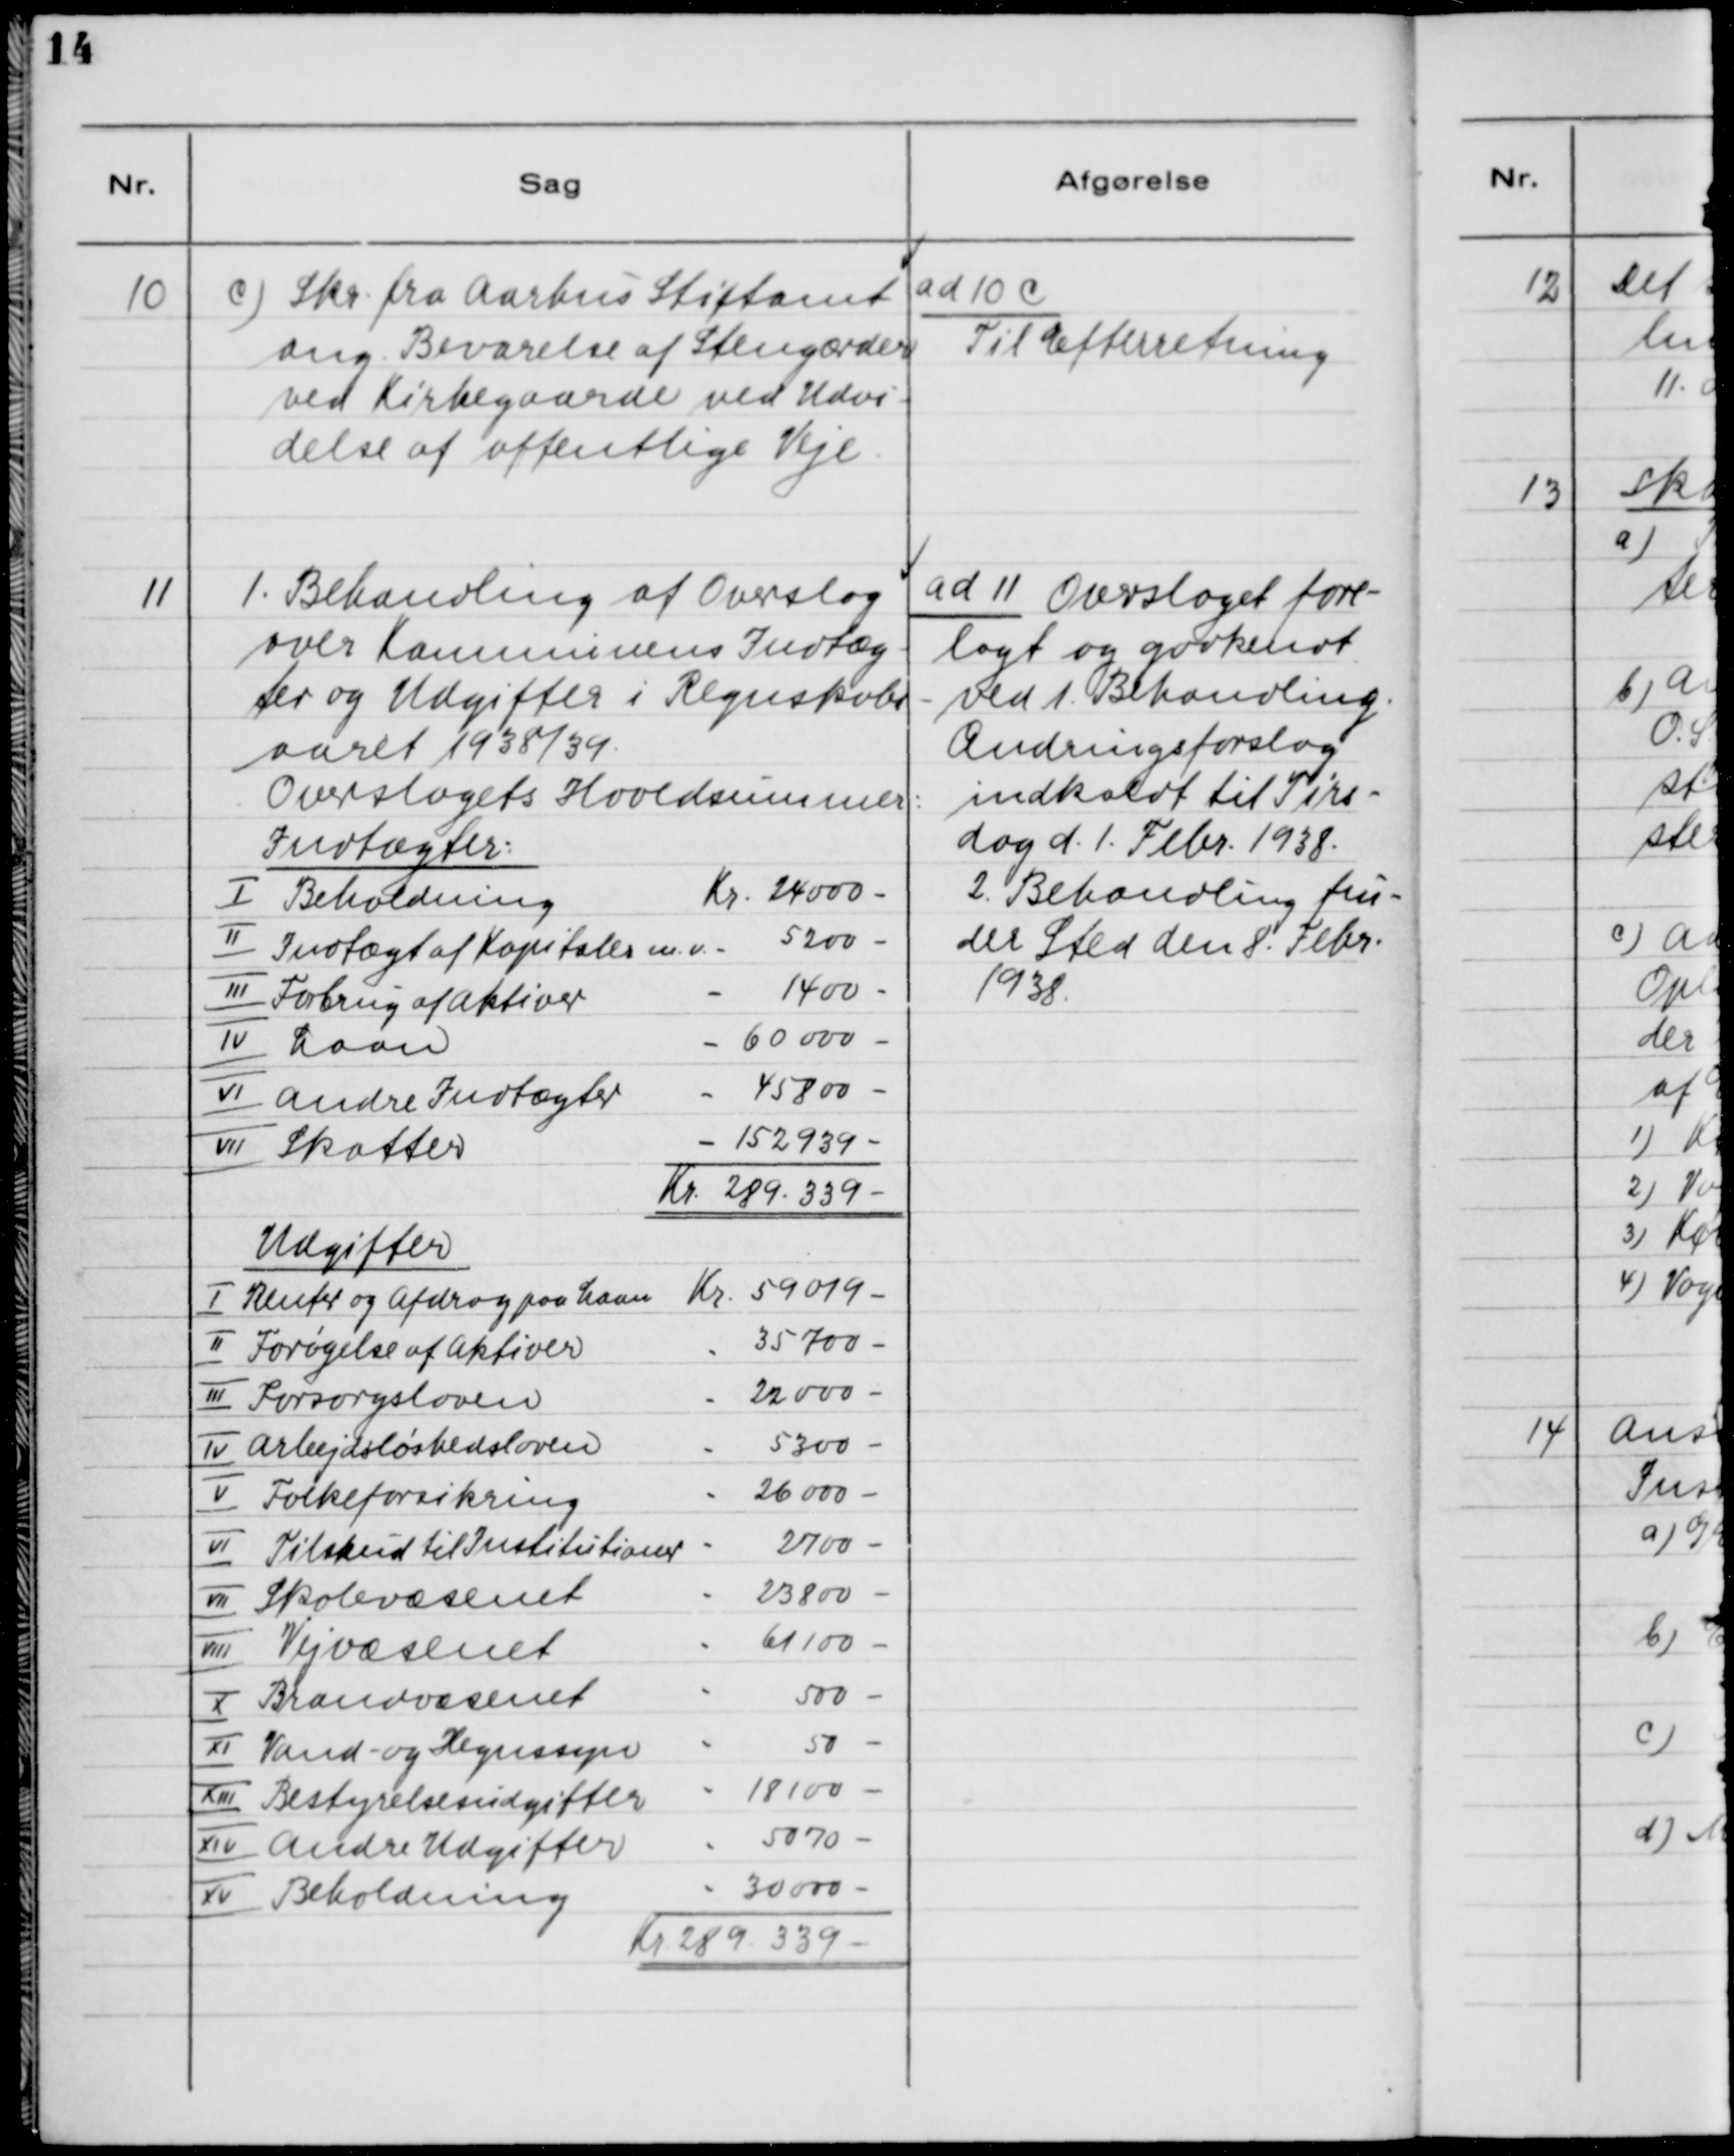
Transskription:
10. c) Skr. fra Aarhus Stiftamt
ang. Bevarelse af Stengærder
ved Kirkegaarde ved Udvi-
delse af offentlige Veje.

ad 10 C
Til Efterretning

11. 1. Behandling af Overslag
over Kommunens Indtæg-
ter og Udgifter i Regnskabs-
aaret 1938/39.
Overslagets Hovedsummer:
Indtægter:
Ⅰ Beholdning
Kr. 24 000 -
II Indtægt af Kapitaler m.m.
Kr. 5 200 -
III Forbrug af Aktiver
Kr. 1 400 -
IV Laan
Kr. 60 000 -
VI Andre Indtægter
Kr. 45 800 -
VII Skatter
Kr. 152 939 -
Kr. 289 339 -
Udgifter
I Renter og Afdrag paa Laan
Kr. 59 019 -
II Forøgelse af Aktiver
Kr. 35 700 -
III Forsorgsloven
Kr. 22 000 -
IV Arbejdsløshedsloven
Kr. 5 300 -
V Folkeforsikring
Kr. 26 000 -
VI Tilskud til Institutioner
Kr. 2 700 -
VII Skolevæsenet
Kr. 23 800 -
VIII Vejvæsenet
Kr. 61 100 -
X Brandvæsenet
Kr. 500 -
XI Vand- og Hegnsyn
Kr. 50 -
XII Bestyrelsesudgifter
Kr. 18 100 -
XIV Andre Udgifter
Kr. 5 070 -
XV Beholdning
Kr. 30 000 -
Kr. 289.339 -

ad 11. Overslaget fore-
lagt og godkendt
ved 1. Behandling.
Ændringsforslag
indkaldt til Tirs-
dag d. 1. Febr. 1938.
2. Behandling fin-
der sted den 8. Febr.
1938.